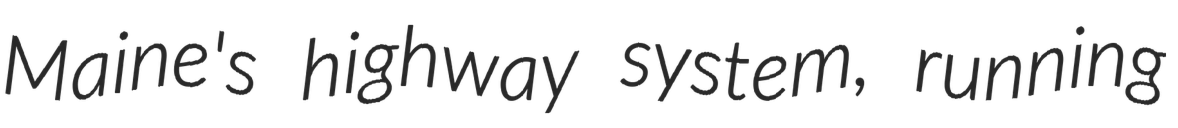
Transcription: Maine's highway system, running